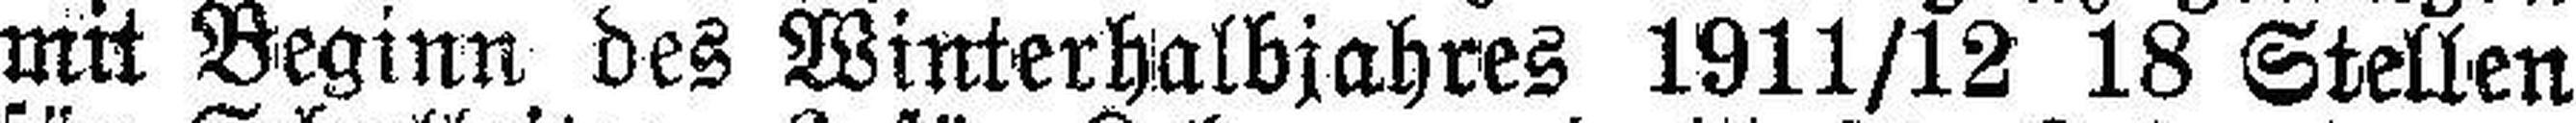
mit Beginn des Winterhalbjahres 1911/12 18 Stellen